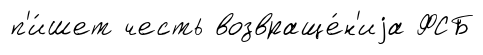
п'и́шет честь возвраще́н'иjа ФСБ